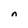
Character: n